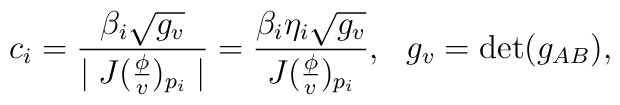
c_i=\frac{\beta _i\sqrt{g_v}}{\mid J(\frac \phi v)_{p_i}\mid }=\frac{\beta_i\eta _i\sqrt{g_v}}{J(\frac \phi v)_{p_i}},\,\,\,\,g_v =\det(g_{AB}),